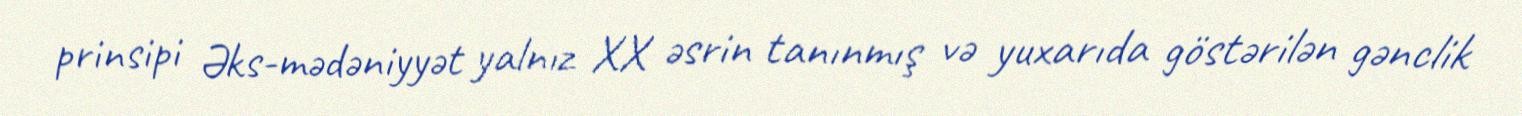
prinsipi Əks-mədəniyyət yalnız XX əsrin tanınmış və yuxarıda göstərilən gənclik